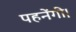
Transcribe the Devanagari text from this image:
पहनेंगी।